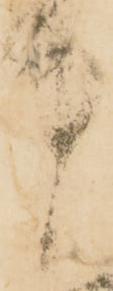
中